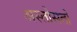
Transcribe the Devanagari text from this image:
अस्तोसतो